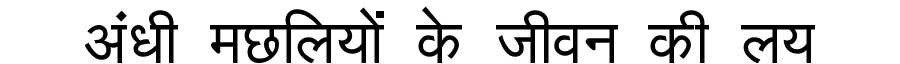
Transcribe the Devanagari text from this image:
अंधी मछलियों के जीवन की लय